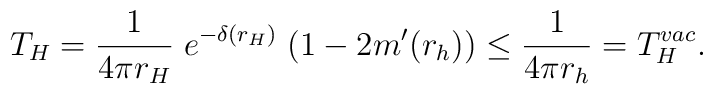
T_H = {1\over 4\pi r_H} \; e^{-\delta(r_H)} \; (1-2m'(r_h))\nonumber\\\leq\frac{1}{4\pi r_{h}}=T^{vac}_{H}.